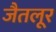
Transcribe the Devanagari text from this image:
जैतलूर